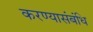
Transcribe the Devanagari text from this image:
करण्यासंबंधि